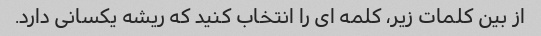
از بین کلمات زیر، کلمه ای را انتخاب کنید که ریشه یکسانی دارد.